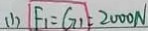
( 1 ) F _ { 1 } = G _ { 1 } = 2 0 0 0 N